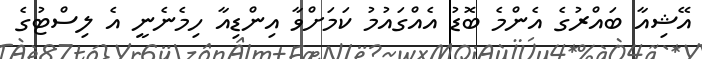
އޭޝިއާ ބައްރުގެ އެންމެ ބޮޑު އެއްގައުމު ކަމަށްވާ އިންޑިއާ ހިމެނެނީ އެ ލިސްޓުގެ